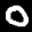
Label: 0